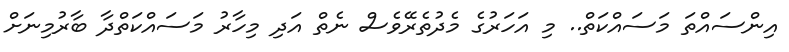
އިންސައްތަ މަސައްކަތް.. މި އަހަރުގެ މެދުތެރޭވެސް ނެތް އަދި މިހާރު މަސައްކަތްދާ ބާރުމިނަށް